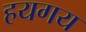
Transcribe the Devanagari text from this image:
हयगय